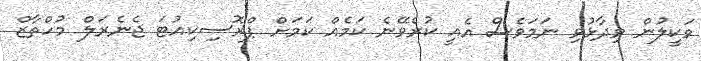
ވަކީލުން ވިދާޅުވި ނަމަވެސް އެއީ ކުރެވޭނެ ކަމެއް ކަމަށް ޕްރޮސިކިއުޓަ ޖެނެރަލް މުހްތާޒް